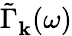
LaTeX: \tilde{\Gamma}_{\mathbf k}^{}(\omega)